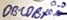
Text: DB1.DBX0.0